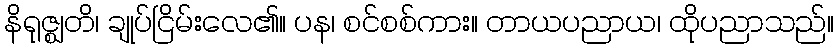
နိရုဇ္ဈတိ၊ ချုပ်ငြိမ်းလေ၏။ ပန၊ စင်စစ်ကား။ တာယပညာယ၊ ထိုပညာသည်။